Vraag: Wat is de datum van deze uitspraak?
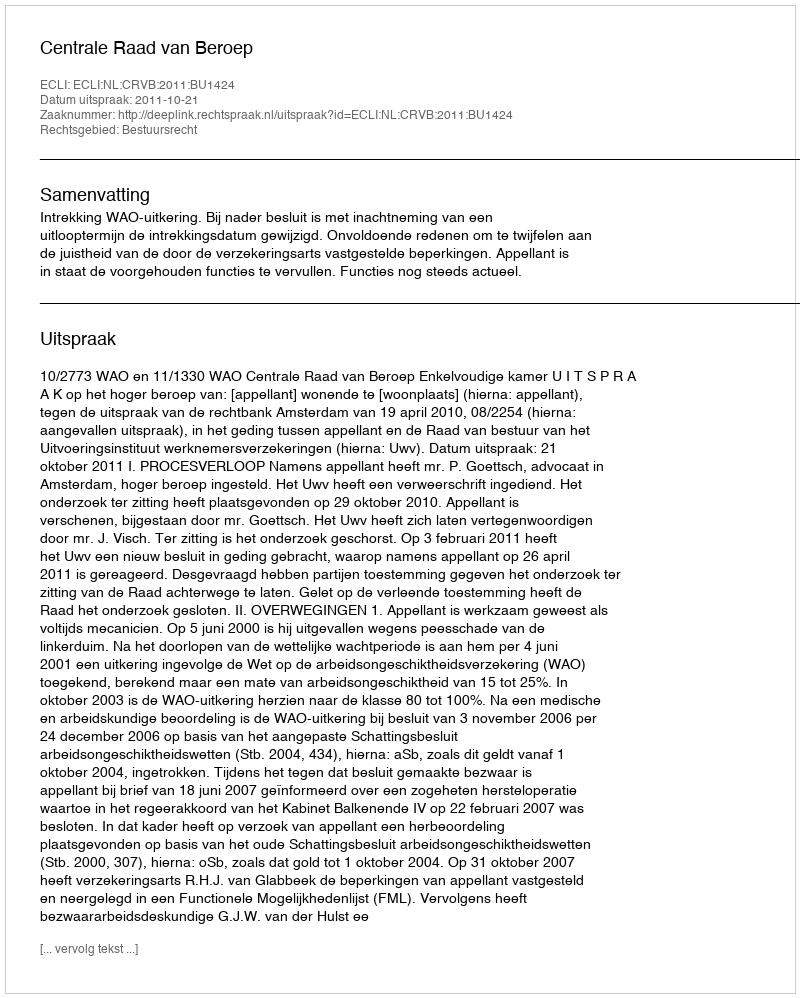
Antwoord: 2011-10-21